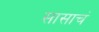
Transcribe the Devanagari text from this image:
सासाचं